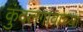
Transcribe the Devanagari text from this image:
कुंदलगावाच्या